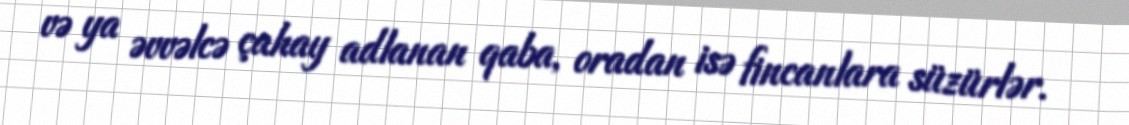
və ya əvvəlcə çahay adlanan qaba, oradan isə fincanlara süzürlər.